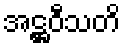
အဋ္ဌဝီသတိ